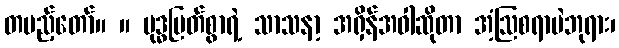
တပည့်တော်။ ။ ဗုဒ္ဓမြတ်စွာရဲ့ သာသနာ့ အရှိန်အဝါဆိုတာ အံ့ဩစရာပဲဘုရား၊